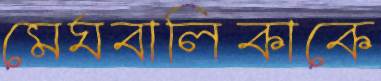
মেঘবালিকাকে